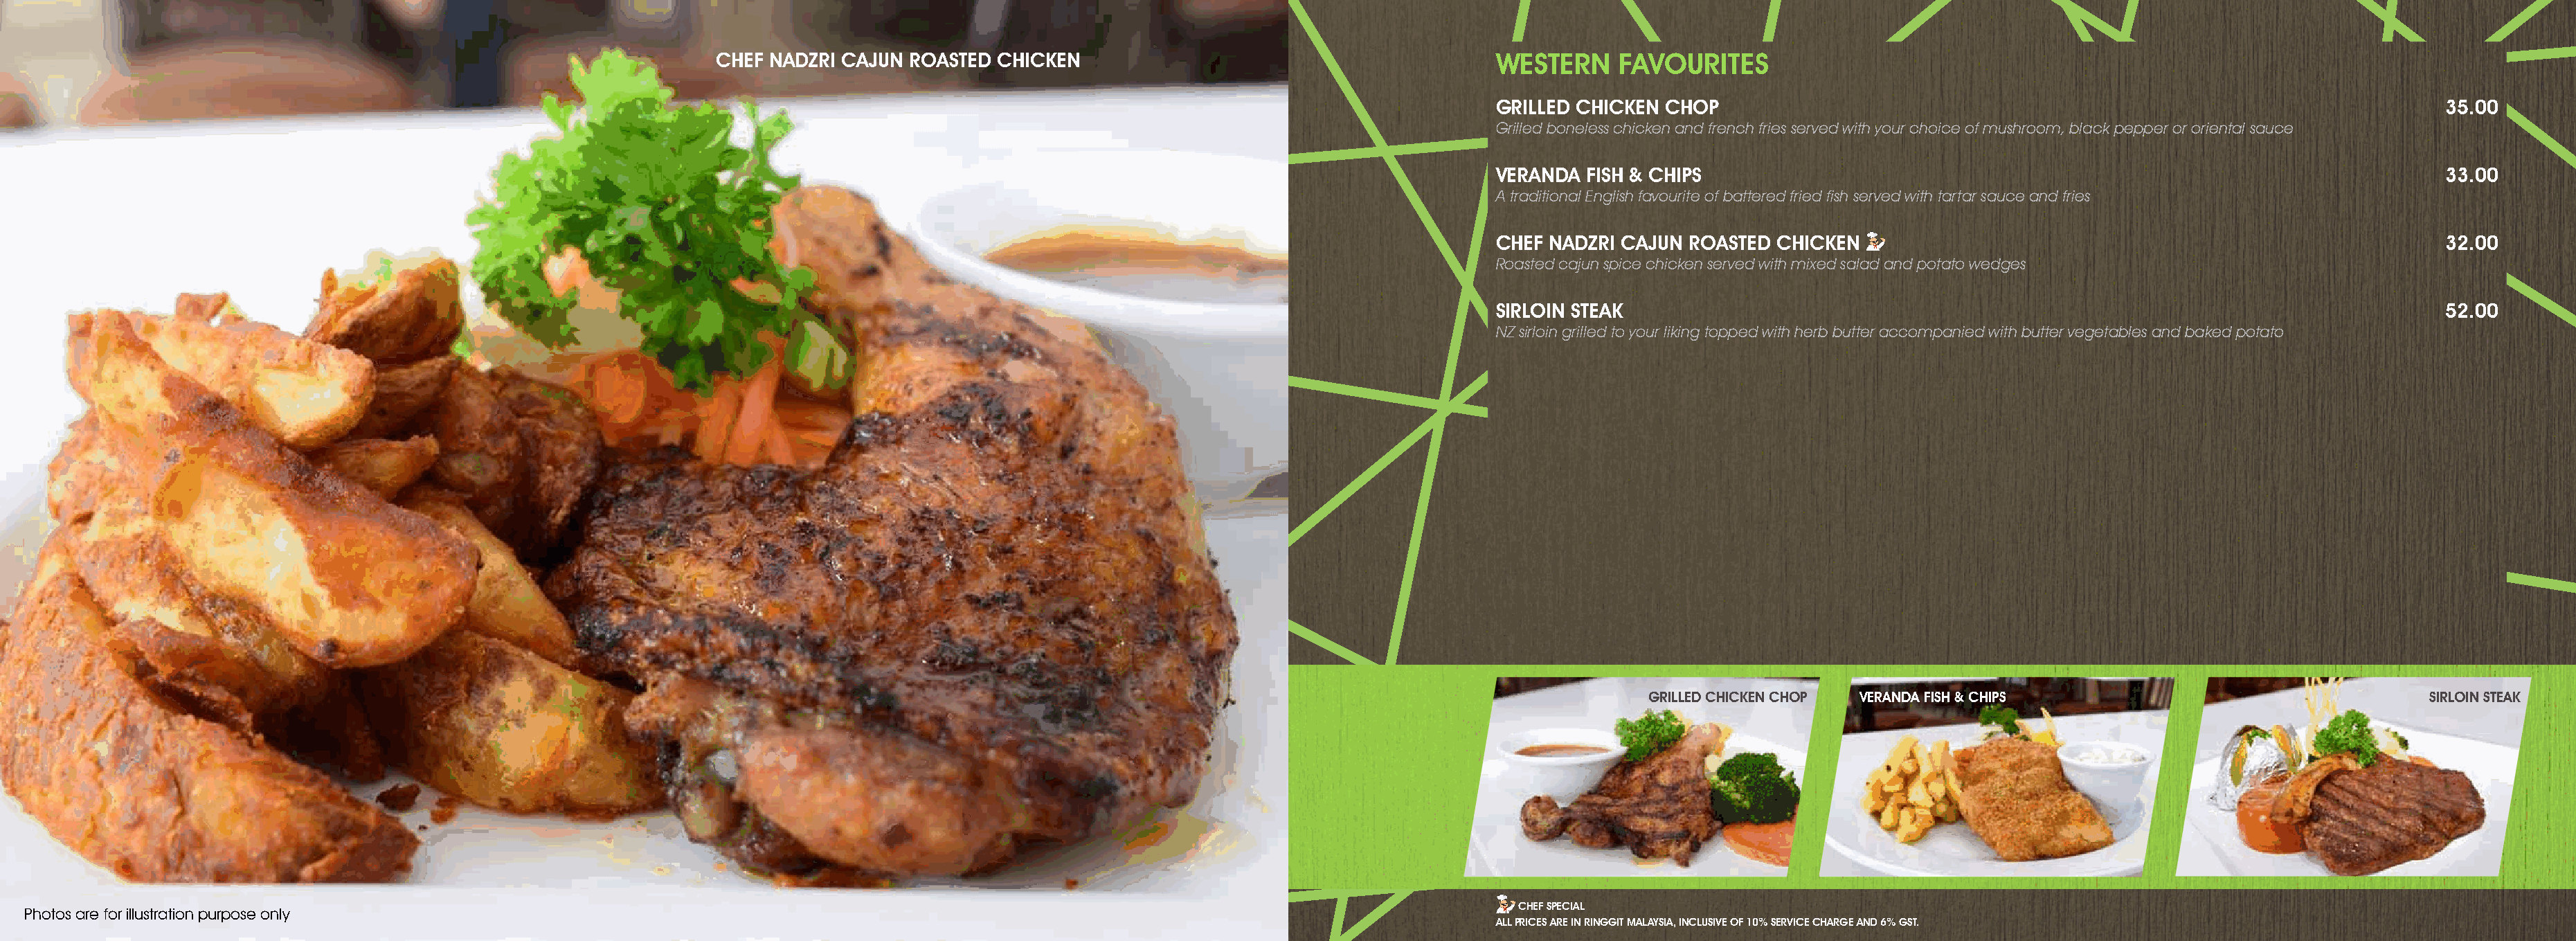
CHEF  NADZRI CAJUN ROASTED CHICKEN                                         WESTERN     FAVOURITES
 GRILLED CHICKEN CHOP                                                                       35.00
 Grilled boneless chicken and french fries served with your choice of mushroom, black pepper or oriental sauce
 VERANDA  FISH & CHIPS                                                                      33.00
 A traditional English favourite of battered fried fish served with tartar sauce and fries
 CHEF NADZRI CAJUN ROASTED  CHICKEN                                                         32.00
 Roasted cajun spice chicken served with mixed salad and potato wedges
 SIRLOIN STEAK                                                                              52.00
 NZ sirloin grilled to your liking topped with herb butter accompanied with butter vegetables and baked potato
 GRILLED CHICKEN CHOP VERANDA FISH & CHIPS                                 SIRLOIN STEAK
 CHEF SPECIAL
 Photos are for illustration purpose only
 ALL PRICES ARE IN RINGGIT MALAySIA, INCLUSIVE OF 10% SERVICE CHARGE AND 6% GST.